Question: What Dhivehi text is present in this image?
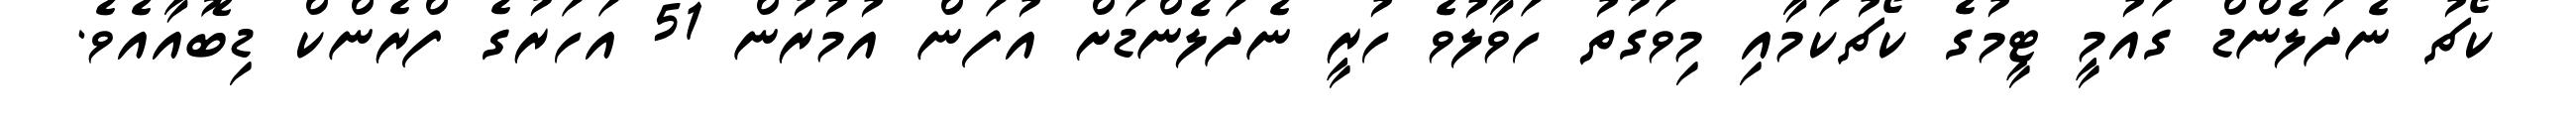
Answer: ކޯޗު ނެދަލެންޑް ގައުމީ ޓީމުގެ ކޯޗުކަމާއި މިވަގުތު ހަވާލުވެ ހުރީ ނެދަލެންޑަށް އުފަން އުމުރުން 51 އަހަރުގެ ފްރެންކް ޑިބޮއާއެވެ.